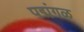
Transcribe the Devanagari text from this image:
पद्मंगळ